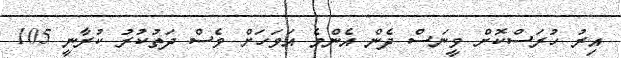
އިރު ހުރަސްކޮށް ވީނަސް ދެން އެންމެ އަވަހަށް ވެސް ދަތުކުރު ކުރާނީ 105